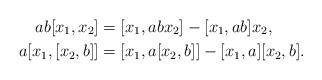
LaTeX: \begin{align*}ab[x_1,x_2] &=[x_1,abx_2]-[x_1,ab]x_2,\\a[x_1,[x_2,b]]&=[x_1,a[x_2,b]]-[x_1,a][x_2,b].\end{align*}